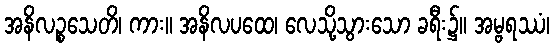
အနိလဉ္စသေတိ၊ ကား။ အနိလပထေ၊ လေသို့သွားသော ခရီး၌။ အမ္ဗရဿံ၊